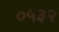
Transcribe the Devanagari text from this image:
०५३२